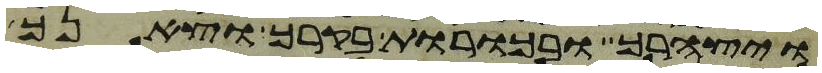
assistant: ויצהרך ובכורת בקרך וצאנך